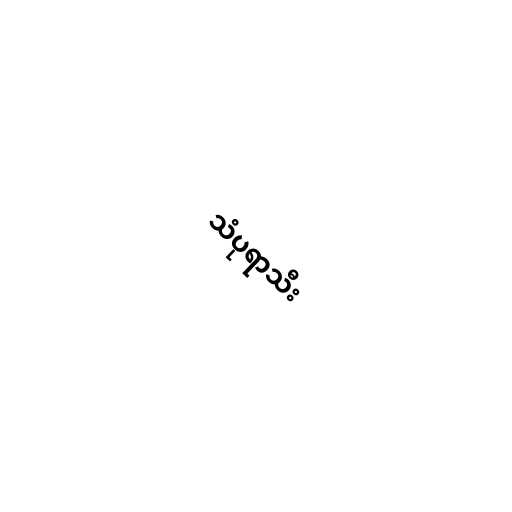
သံပုရာသီး